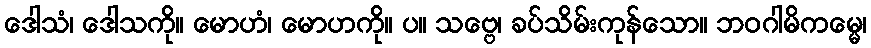
ဒေါသံ၊ ဒေါသကို။ မောဟံ၊ မောဟကို။ ပ။ သဗ္ဗေ၊ ခပ်သိမ်းကုန်သော။ ဘဝဂါမိကမ္မေ၊